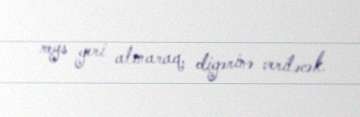
reys geri alınaraq, digərinə veriləcək.